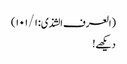
(العرف الشذی: ۱۰۱/۱)
دیکھے!